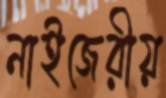
নাইজেরীয়